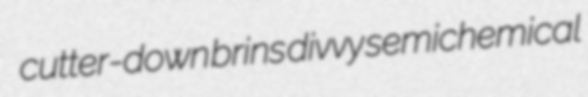
cutter-down brins divvy semichemical